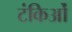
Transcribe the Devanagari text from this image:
टंकिओं